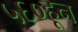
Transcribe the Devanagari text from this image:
५६०हून